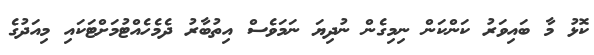
ކޮޅު މާ ބައިވަރު ކަންކަން ނިމިގެން ނުދިޔަ ނަމަވެސް އިތުބާރު ދެމެހެއްޓުމަށްޓަކައި މިއަދުގެ